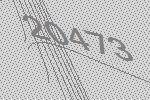
20473